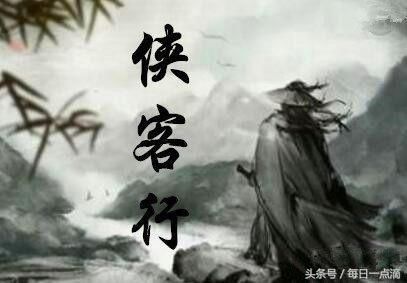
百里不贩樵，千里不贩籴。